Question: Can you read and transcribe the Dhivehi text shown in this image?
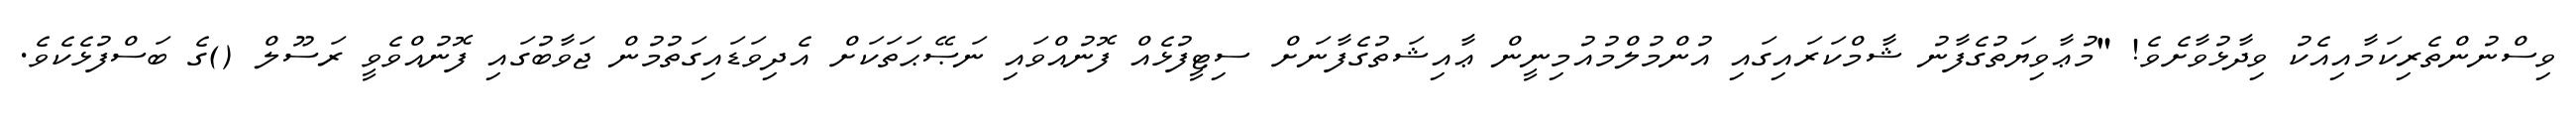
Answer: ވިސްނުންތެރިކަމާއިއެކު ވިދާޅުވާށެވެ! "މުޢާވިޔަތުގެފާނު ޝާމްކަރައިގައި އުންމުލްމުއުމިނީން ޢާއިޝަތުގެފާނަށް ސިޓީފުޅެއް ފޮނުއްވައި ނަޞޭޙަތަކަށް އެދިވަޑައިގަތުމުން ޖަވާބުގައި ފޮނުއްވެވީ ރަސޫލް ()ގެ ބަސްފުޅެކެވެ.